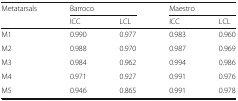
<table><thead><tr><td rowspan="2"><b>Metatarsals</b></td><td colspan="2"><b>Barroco</b></td><td colspan="2"><b>Maestro</b></td></tr><tr><td><b>ICC</b></td><td><b>LCL</b></td><td><b>ICC</b></td><td><b>LCL</b></td></tr></thead><tbody><tr><td>M1</td><td>0.990</td><td>0.977</td><td>0.983</td><td>0.960</td></tr><tr><td>M2</td><td>0.988</td><td>0.970</td><td>0.987</td><td>0.969</td></tr><tr><td>M3</td><td>0.984</td><td>0.962</td><td>0.994</td><td>0.986</td></tr><tr><td>M4</td><td>0.971</td><td>0.927</td><td>0.991</td><td>0.976</td></tr><tr><td>M5</td><td>0.946</td><td>0.865</td><td>0.991</td><td>0.978</td></tr></tbody></table>